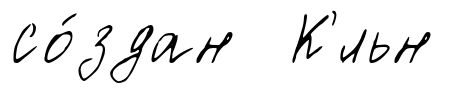
со́здан К'́льн